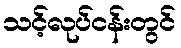
သင့်လုပ်ငန်းတွင်